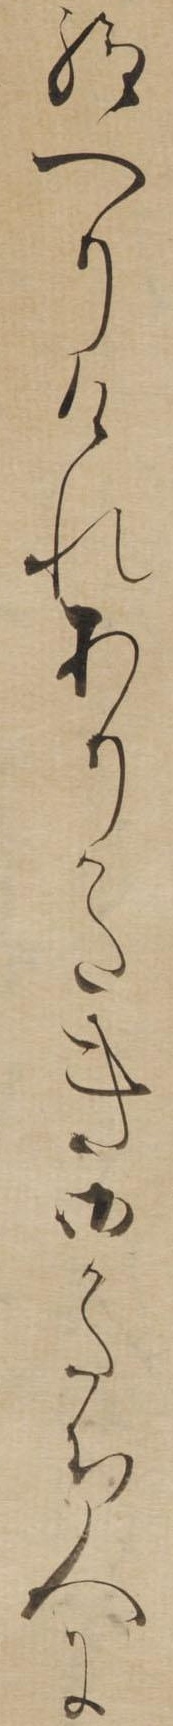
給へりけれありかたき御かたち人に